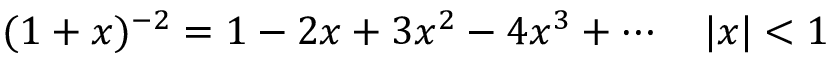
( 1 + x ) ^ { - 2 } = 1 - 2 x + 3 x ^ { 2 } - 4 x ^ { 3 } + \cdots \quad | x | < 1